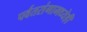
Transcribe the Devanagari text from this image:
पर्वतरांगामध्येही